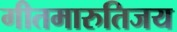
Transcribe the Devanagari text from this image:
गीतमारुतिजय